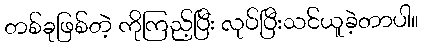
တစ်ခုဖြစ်တဲ့ ကိုကြည့်ပြီး လုပ်ပြီးသင်ယူခဲ့တာပါ။